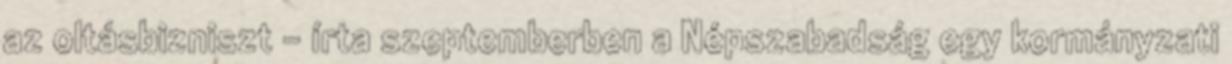
az oltásbizniszt - írta szeptemberben a Népszabadság egy kormányzati